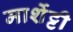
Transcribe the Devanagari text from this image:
मार्शेट्टी